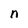
Character: n